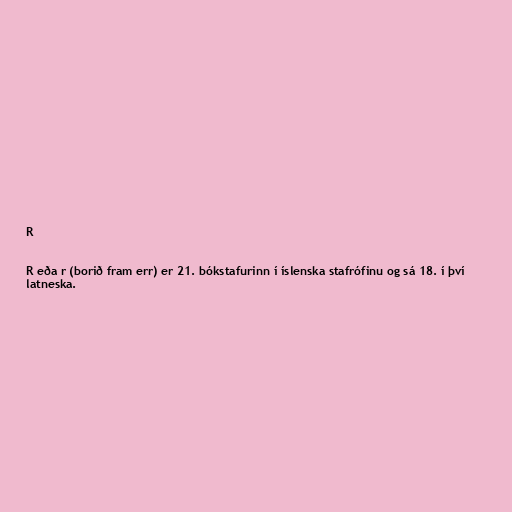
R

R eða r (borið fram err) er 21. bókstafurinn í íslenska stafrófinu og sá 18. í því
latneska.